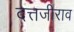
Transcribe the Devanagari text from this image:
दत्तजीराव